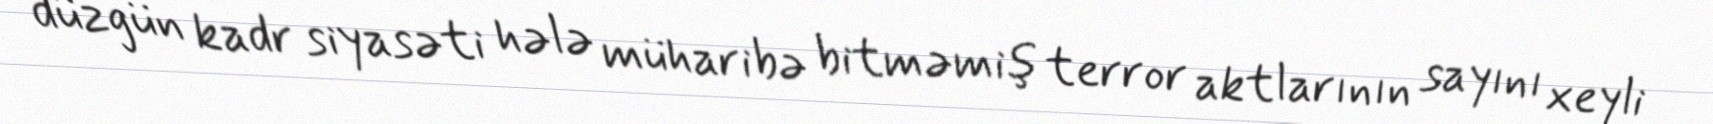
düzgün kadr siyasəti hələ müharibə bitməmiş terror aktlarının sayını xeyli